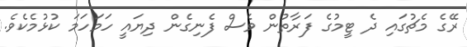
ރޭގެ މެޗުގައި ދެ ޓީމުގެ ފަރާތުން ވެސް ފެނިގެން ދިޔައީ ހަމަހަމަ ކުޅުމެކެވެ.